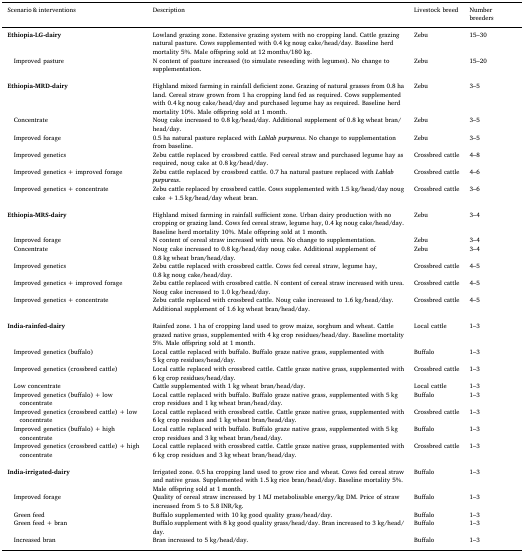
<table><thead><tr><td><b>Scenario &amp; interventions</b></td><td><b>Description</b></td><td><b>Livestock breed</b></td><td><b>Number breeders</b></td></tr></thead><tbody><tr><td><b>Ethiopia-LG-dairy</b></td><td>Lowland grazing zone. Extensive grazing system with no cropping land. Cattle grazing natural pasture. Cows supplemented with 0.4 kg noug cake/head/day. Baseline herd mortality 5%. Male offspring sold at 12 months/180 kg.</td><td>Zebu</td><td>15–30</td></tr><tr><td> Improved pasture</td><td>N content of pasture increased (to simulate reseeding with legumes). No change to supplementation.</td><td>Zebu</td><td>15–20</td></tr><tr><td><b>Ethiopia-MRD-dairy</b></td><td>Highland mixed farming in rainfall deficient zone. Grazing of natural grasses from 0.8 ha land. Cereal straw grown from 1 ha cropping land fed as required. Cows supplemented with 0.4 kg noug cake/head/day and purchased legume hay as required. Baseline herd mortality 10%. Male offspring sold at 1 month.</td><td>Zebu</td><td>3–5</td></tr><tr><td> Concentrate</td><td>Noug cake increased to 0.8 kg/head/day. Additional supplement of 0.8 kg wheat bran/head/day.</td><td>Zebu</td><td>3–5</td></tr><tr><td> Improved forage</td><td>0.5 ha natural pasture replaced with <i>Lablab purpureus</i>. No change to supplementation from baseline.</td><td>Zebu</td><td>3–5</td></tr><tr><td> Improved genetics</td><td>Zebu cattle replaced by crossbred cattle. Fed cereal straw and purchased legume hay as required, noug cake at 0.8 kg/head/day.</td><td>Crossbred cattle</td><td>4–8</td></tr><tr><td> Improved genetics + improved forage</td><td>Zebu cattle replaced by crossbred cattle. 0.7 ha natural pasture replaced with <i>Lablab purpureus</i>.</td><td>Crossbred cattle</td><td>4–6</td></tr><tr><td> Improved genetics + concentrate</td><td>Zebu cattle replaced by crossbred cattle. Cows supplemented with 1.5 kg/head/day noug cake + 1.5 kg/head/day wheat bran.</td><td>Crossbred cattle</td><td>3–6</td></tr><tr><td><b>Ethiopia-MRS-dairy</b></td><td>Highland mixed farming in rainfall sufficient zone. Urban dairy production with no cropping or grazing land. Cows fed cereal straw, legume hay, 0.4 kg noug cake/head/day. Baseline herd mortality 10%. Male offspring sold at 1 month.</td><td>Zebu</td><td>3–4</td></tr><tr><td> Improved forage</td><td>N content of cereal straw increased with urea. No change to supplementation.</td><td>Zebu</td><td>3–4</td></tr><tr><td> Concentrate</td><td>Noug cake increased to 0.8 kg/head/day noug cake. Additional supplement of 0.8 kg wheat bran/head/day.</td><td>Zebu</td><td>3–4</td></tr><tr><td> Improved genetics</td><td>Zebu cattle replaced with crossbred cattle. Cows fed cereal straw, legume hay, 0.8 kg noug cake/head/day.</td><td>Crossbred cattle</td><td>4–5</td></tr><tr><td> Improved genetics + improved forage</td><td>Zebu cattle replaced with crossbred cattle. N content of cereal straw increased with urea. Noug cake increased to 1.0 kg/head/day.</td><td>Crossbred cattle</td><td>4–5</td></tr><tr><td> Improved genetics + concentrate</td><td>Zebu cattle replaced with crossbred cattle. Noug cake increased to 1.6 kg/head/day. Additional supplement of 1.6 kg wheat bran/head/day.</td><td>Crossbred cattle</td><td>4–5</td></tr><tr><td><b>India-rainfed-dairy</b></td><td>Rainfed zone. 1 ha of cropping land used to grow maize, sorghum and wheat. Cattle grazed native grass, supplemented with 4 kg crop residues/head/day. Baseline mortality 5%. Male offspring sold at 1 month.</td><td>Local cattle</td><td>1–3</td></tr><tr><td> Improved genetics (buffalo)</td><td>Local cattle replaced with buffalo. Buffalo graze native grass, supplemented with 5 kg crop residues/head/day.</td><td>Buffalo</td><td>1–3</td></tr><tr><td> Improved genetics (crossbred cattle)</td><td>Local cattle replaced with crossbred cattle. Cattle graze native grass, supplemented with 6 kg crop residues/head/day.</td><td>Crossbred cattle</td><td>1–3</td></tr><tr><td> Low concentrate</td><td>Cattle supplemented with 1 kg wheat bran/head/day.</td><td>Local cattle</td><td>1–3</td></tr><tr><td> Improved genetics (buffalo) + low concentrate</td><td>Local cattle replaced with buffalo. Buffalo graze native grass, supplemented with 5 kg crop residues and 1 kg wheat bran/head/day.</td><td>Buffalo</td><td>1–3</td></tr><tr><td> Improved genetics (crossbred cattle) + low concentrate</td><td>Local cattle replaced with crossbred cattle. Cattle graze native grass, supplemented with 6 kg crop residues and 1 kg wheat bran/head/day.</td><td>Crossbred cattle</td><td>1–3</td></tr><tr><td> Improved genetics (buffalo) + high concentrate</td><td>Local cattle replaced with buffalo. Buffalo graze native grass, supplemented with 5 kg crop residues and 3 kg wheat bran/head/day.</td><td>Buffalo</td><td>1–3</td></tr><tr><td> Improved genetics (crossbred cattle) + high concentrate</td><td>Local cattle replaced with crossbred cattle. Cattle graze native grass, supplemented with 6 kg crop residues and 3 kg wheat bran/head/day.</td><td>Crossbred cattle</td><td>1–3</td></tr><tr><td><b>India-irrigated-dairy</b></td><td>Irrigated zone. 0.5 ha cropping land used to grow rice and wheat. Cows fed cereal straw and native grass. Supplemented with 1.5 kg rice bran/head/day. Baseline mortality 5%. Male offspring sold at 1 month.</td><td>Buffalo</td><td>1–3</td></tr><tr><td> Improved forage</td><td>Quality of cereal straw increased by 1 MJ metabolisable energy/kg DM. Price of straw increased from 5 to 5.8 INR/kg.</td><td>Buffalo</td><td>1–3</td></tr><tr><td> Green feed</td><td>Buffalo supplemented with 10 kg good quality grass/head/day.</td><td>Buffalo</td><td>1–3</td></tr><tr><td> Green feed + bran</td><td>Buffalo supplement with 8 kg good quality grass/head/day. Bran increased to 3 kg/head/day.</td><td>Buffalo</td><td>1–3</td></tr><tr><td> Increased bran</td><td>Bran increased to 5 kg/head/day.</td><td>Buffalo</td><td>1–3</td></tr></tbody></table>